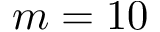
m = 1 0